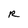
Character: R